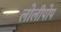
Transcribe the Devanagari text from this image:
लोलीपोप